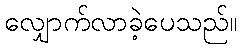
လျှောက်လာခဲ့ပေသည်။